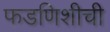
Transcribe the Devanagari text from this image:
फडणिशीची